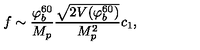
f \sim { \frac { \varphi _ { b } ^ { 6 0 } } { M _ { p } } } { \frac { \sqrt { 2 V ( \varphi _ { b } ^ { 6 0 } ) } } { M _ { p } ^ { 2 } } } c _ { 1 } ,